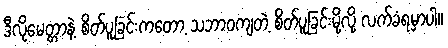
ဒီလိုမေတ္တာနဲ့ စိတ်ပူခြင်းကတော့ သဘာဝကျတဲ့ စိတ်ပူခြင်းမို့လို့ လက်ခံရမှာပါ။